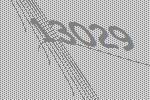
13029